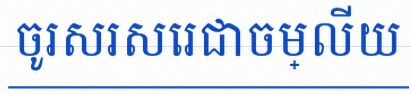
ចូរសរសេរជាចម្លើយ